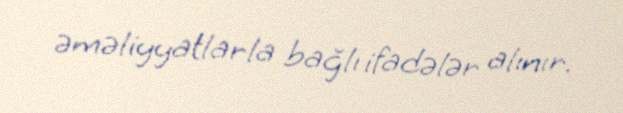
əməliyyatlarla bağlı ifadələr alınır.